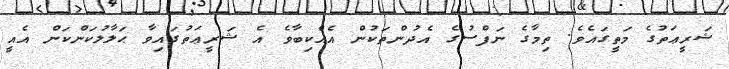
ޝަރީޢަތުގެ މަތީގައެވެ. ތިމާގެ ނަފްސުގެ އެދުންތަކުން އެއްކިބާވެ އެ ޝަރީޢަތުގައިވާ ޙަލާލުކަންކަން އެއީ